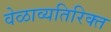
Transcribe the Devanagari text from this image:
वेळाव्यतिरिक्त